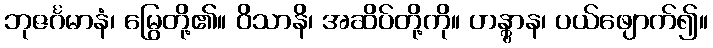
ဘုဇင်္ဂမာနံ၊ မြွေတို့၏။ ဝိသာနိ၊ အဆိပ်တို့ကို။ ဟန္တွာန၊ ပယ်ဖျောက်၍။